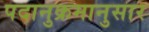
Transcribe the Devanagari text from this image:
पदानुक्रमानुसार